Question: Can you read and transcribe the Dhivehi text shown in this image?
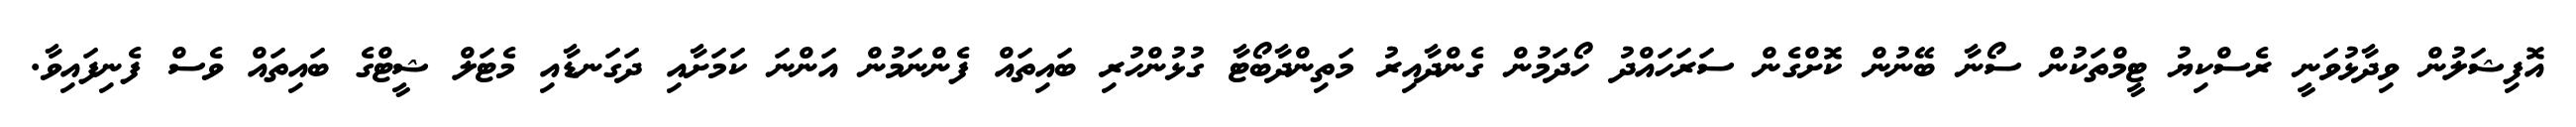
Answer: އޮފިޝަލުން ވިދާޅުވަނީ ރެސްކިޔު ޓީމްތަކުން ސޯނާ ބޭނުން ކޮށްގެން ސަރަހައްދު ހޯދަމުން ގެންދާއިރު މަތިންދާބޯޓާ ގުޅުންހުރި ބައިތައް ފެންނަމުން އަންނަ ކަމަށާއި ދަގަނޑާއި މެޓަލް ޝީޓްގެ ބައިތައް ވެސް ފެނިފައިވާ.